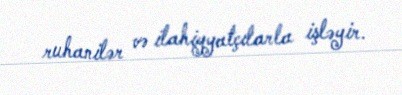
ruhanilər və ilahiyyatçılarla işləyir.